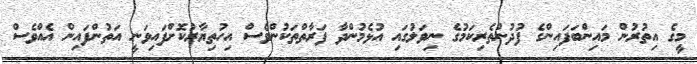
މީގެ އިތުރުން މައިންބަފައިންގެ ފުދުންތެރިކަމުގެ ނިވަލުގައި އުޅެމުންދާ ފަރާތްތަކުންވެސް އިހުތިޔާރުކޮށްފައިވަނީ އަތުންފައިން އެއްވެސް